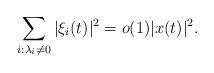
LaTeX: \begin{align*} \sum_{i:\lambda_i\neq 0}|\xi_i(t)|^2 = o(1) |x(t)|^2.\end{align*}